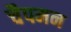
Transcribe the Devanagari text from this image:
चैपमन